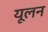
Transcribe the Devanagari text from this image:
यूलन